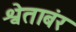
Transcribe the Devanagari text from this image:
श्वेताबंर